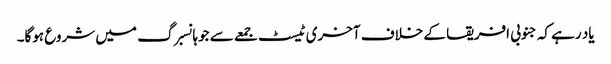
یاد رہے کہ جنوبی افریقا کے خلاف آخری ٹیسٹ جمعے سے جوہانسبرگ میں شروع ہوگا۔